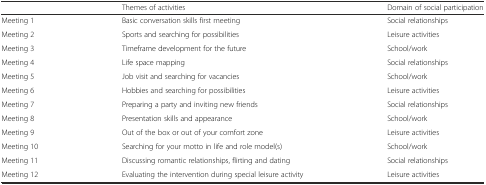
<table><thead><tr><td></td><td><b>Themes of activities</b></td><td><b>Domain of social participation</b></td></tr></thead><tbody><tr><td>Meeting 1</td><td>Basic conversation skills first meeting</td><td>Social relationships</td></tr><tr><td>Meeting 2</td><td>Sports and searching for possibilities</td><td>Leisure activities</td></tr><tr><td>Meeting 3</td><td>Timeframe development for the future</td><td>School/work</td></tr><tr><td>Meeting 4</td><td>Life space mapping</td><td>Social relationships</td></tr><tr><td>Meeting 5</td><td>Job visit and searching for vacancies</td><td>School/work</td></tr><tr><td>Meeting 6</td><td>Hobbies and searching for possibilities</td><td>Leisure activities</td></tr><tr><td>Meeting 7</td><td>Preparing a party and inviting new friends</td><td>Social relationships</td></tr><tr><td>Meeting 8</td><td>Presentation skills and appearance</td><td>School/work</td></tr><tr><td>Meeting 9</td><td>Out of the box or out of your comfort zone</td><td>Leisure activities</td></tr><tr><td>Meeting 10</td><td>Searching for your motto in life and role model(s)</td><td>School/work</td></tr><tr><td>Meeting 11</td><td>Discussing romantic relationships, flirting and dating</td><td>Social relationships</td></tr><tr><td>Meeting 12</td><td>Evaluating the intervention during special leisure activity</td><td>Leisure activities</td></tr></tbody></table>